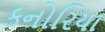
કનોરિયા